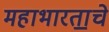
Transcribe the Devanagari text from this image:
महाभारता॒चे